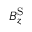
B _ { z } ^ { \mathrm { S } }